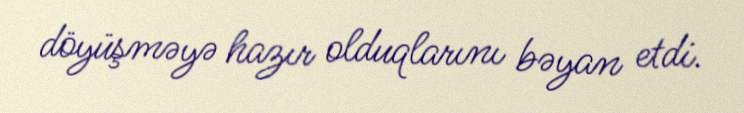
döyüşməyə hazır olduqlarını bəyan etdi.